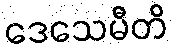
ဒေသေမီတိ